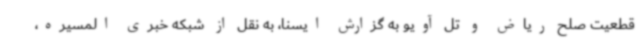
قطعیت صلح ریاض و تل آویو به گزارش ایسنا، به نقل از شبکه خبری المسیره،